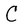
Character: C